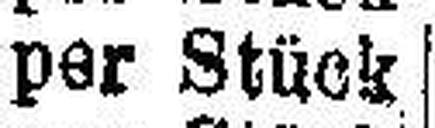
per Stück